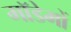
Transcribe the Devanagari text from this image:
मॉडेमों